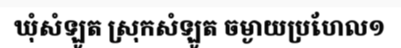
ឃុំសំឡូត ស្រុកសំឡូត ចម្ងាយប្រហែល១